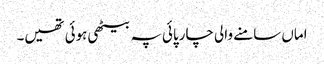
اماں سامنے والی چارپائی پہ بیٹھی ہوئی تھیں۔